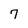
Character: 7